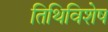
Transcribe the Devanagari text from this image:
तिथिविशेष